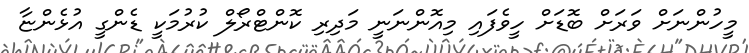
މީހުންނަށް ވަރަށް ބޮޑަށް ހީވެފައި މިއޮންނަނީ މަދިރި ކޮންޓްރޯލް ކުރުމަކީ ޑެންގީ އުޅެންޏާ